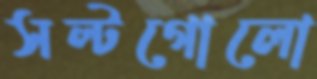
সল্টগোলো